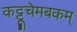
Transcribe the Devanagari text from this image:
कट्टूचेमबकम्